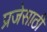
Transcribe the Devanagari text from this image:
प्रजेसाठी